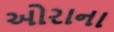
ઓરાના